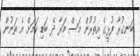
ބަނގުރާ ފުޅީގެ އިތުރުން މަސް މަރާ ދެ ބަޑި ކަމަށް އެ ތަނުން